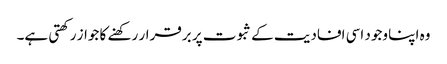
وہ اپنا وجود اسی افادیت کے ثبوت پر برقرار رکھنے کا جواز رکھتی ہے۔